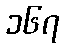
၁၆၇